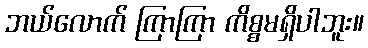
ဘယ်လောက် ကြာကြာ ကိစ္စမရှိပါဘူး။